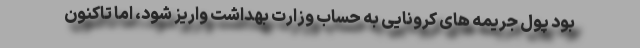
بود پول جریمه های کرونایی به حساب وزارت بهداشت واریز شود، اما تاکنون